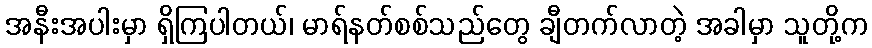
အနီးအပါးမှာ ရှိကြပါတယ်၊ မာရ်နတ်စစ်သည်တွေ ချီတက်လာတဲ့ အခါမှာ သူတို့က